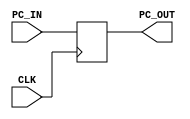
module MAIN_CLK(CLK,PC_IN,PC_OUT);
input CLK;
input [31:0] PC_IN;
output reg [31:0] PC_OUT;

always@(posedge CLK)
	begin
		PC_OUT <= PC_IN;
	end

endmodule